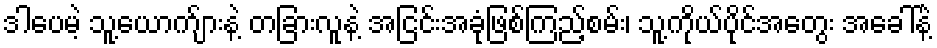
ဒါပေမဲ့ သူ့ယောက်ျားနဲ့ တခြားလူနဲ့ အငြင်းအခုံဖြစ်ကြည့်စမ်း၊ သူ့ကိုယ်ပိုင်အတွေး အခေါ်နဲ့